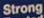
Strong